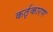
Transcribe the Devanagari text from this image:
कर्तृकारण